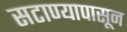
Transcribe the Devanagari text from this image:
सटाण्यापासून